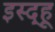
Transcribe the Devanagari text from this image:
इस्द्हू